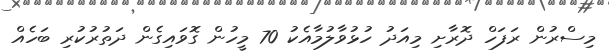
މިސްރުން ރަފަހް ދޮރާށި މިއަދު ހުޅުވާލުމާއެކު 70 މީހުން ގޮވައިގެން ދަތުރުކުރި ބަހެއް